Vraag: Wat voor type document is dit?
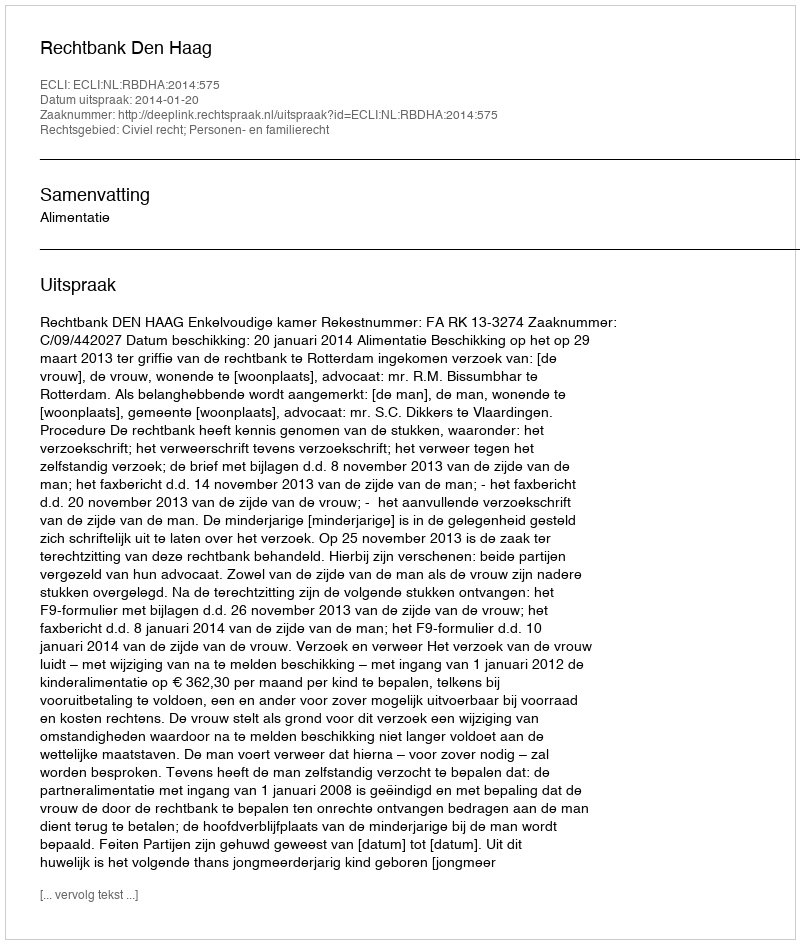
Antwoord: Uitspraak